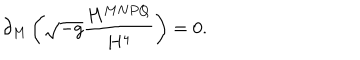
\partial _ { M } \left( \sqrt { - g } \frac { H ^ { M N P Q } } { H ^ { 4 } } \right) = 0 .